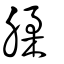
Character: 腬